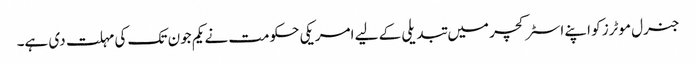
جنرل موٹرز کو اپنے اسٹرکچر میں تبدیلی کے لیے امریکی حکومت نے یکم جون تک کی مہلت دی ہے۔